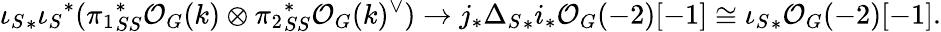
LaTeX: {{\iota_{S}}_{*}{\iota_{S}}^{*}({\pi_{1}}_{SS}^{*}\mathcal{O}_{G}(k)\otimes{\pi_{2}}_{SS}^{*}\mathcal{O}_{G}(k)^{\vee})}\rightarrow{j_{*}{\Delta_{S}}_{*}i_{*}\mathcal{O}_{G}(-2)[-1]}\cong{\iota_{S}}_{*}\mathcal{O}_{G}(-2)[-1].